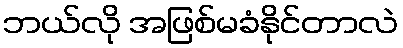
ဘယ်လို အဖြစ်မခံနိုင်တာလဲ